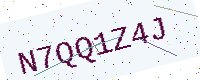
Text: N7QQ1Z4J